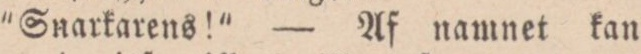
”Snarkarens!” — Af namnet kan